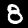
Digit: 8